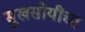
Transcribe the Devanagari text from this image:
सुखसोयींचा